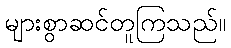
များစွာဆင်တူကြသည်။